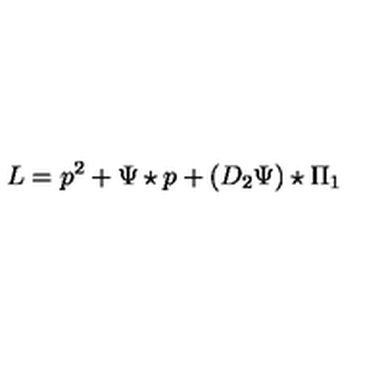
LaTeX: L = p ^ { 2 } + \Psi \star p + ( D _ { 2 } \Psi ) \star \Pi _ { 1 }